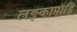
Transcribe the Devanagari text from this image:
लङ्कापोड़ि